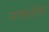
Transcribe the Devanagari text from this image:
नमशील